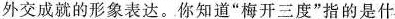
外交成就的形象表达。你知道”梅开三度”指的是什